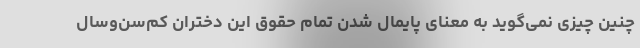
چنین چیزی نمی‌گوید به معنای پایمال شدن تمام حقوق این دختران کم‌سن‌وسال